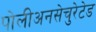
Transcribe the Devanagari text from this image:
पोलीअनसेचुरेटेड